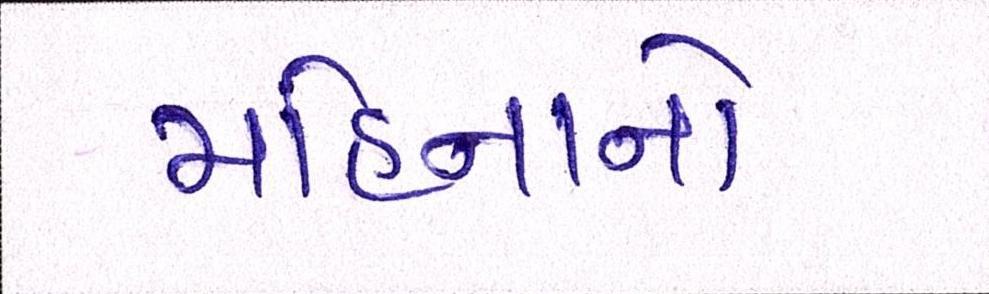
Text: મહિનાનો